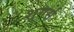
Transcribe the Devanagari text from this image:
शुगर्स